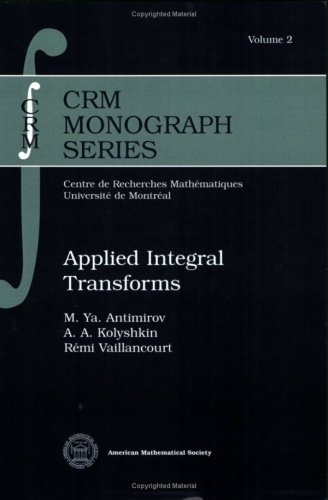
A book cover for Applied Integral Transforms (Crm Monograph Series); M. Ya. Antimirov; Science & Math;